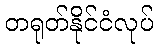
တရုတ်နိုင်ငံလုပ်